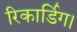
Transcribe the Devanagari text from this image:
रिकार्डिग।